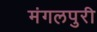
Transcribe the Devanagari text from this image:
मंगलपुरी